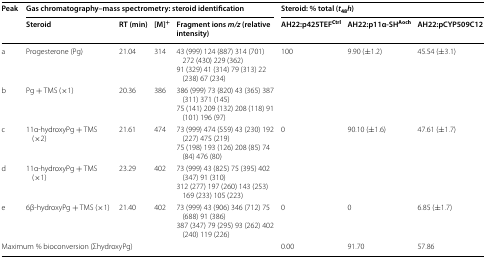
<table><thead><tr><td rowspan="2"><b>Peak</b></td><td colspan="4"><b>Gas chromatography–mass spectrometry: steroid identification</b></td><td colspan="3"><b>Steroid: % total (<i>t</i><sub>48</sub><i>h</i>)</b></td></tr><tr><td><b>Steroid</b></td><td><b>RT (min)</b></td><td><b>[M]<sup>+</sup></b></td><td><b>Fragment ions <i>m/z</i> (relative intensity)</b></td><td><b>AH22:p425TEF<sup>Ctrl</sup></b></td><td><b>AH22:p11α-SH<sup>Aoch</sup></b></td><td><b>AH22:pCYP509C12</b></td></tr></thead><tbody><tr><td>a</td><td>Progesterone (Pg)</td><td>21.04</td><td>314</td><td>43 (999) 124 (887) 314 (701) 272 (430) 229 (362)91 (329) 41 (314) 79 (313) 22 (238) 67 (234)</td><td rowspan="2">100</td><td rowspan="2">9.90 (±1.2)</td><td rowspan="2">45.54 (±3.1)</td></tr><tr><td>b</td><td>Pg + TMS (×1)</td><td>20.36</td><td>386</td><td>386 (999) 73 (820) 43 (365) 387 (311) 371 (145)75 (141) 209 (132) 208 (118) 91 (101) 196 (97)</td></tr><tr><td>c</td><td>11α-hydroxyPg + TMS (×2)</td><td>21.61</td><td>474</td><td>73 (999) 474 (559) 43 (230) 192 (227) 475 (219)75 (198) 193 (126) 208 (85) 74 (84) 476 (80)</td><td rowspan="2">0</td><td rowspan="2">90.10 (±1.6)</td><td rowspan="2">47.61 (±1.7)</td></tr><tr><td>d</td><td>11α-hydroxyPg + TMS (×1)</td><td>23.29</td><td>402</td><td>73 (999) 43 (825) 75 (395) 402 (347) 91 (310)312 (277) 197 (260) 143 (253) 169 (233) 105 (223)</td></tr><tr><td>e</td><td>6β-hydroxyPg + TMS (×1)</td><td>21.40</td><td>402</td><td>73 (999) 43 (906) 346 (712) 75 (688) 91 (386)387 (347) 79 (295) 93 (262) 402 (240) 119 (226)</td><td>0</td><td>0</td><td>6.85 (±1.7)</td></tr><tr><td colspan="5">Maximum % bioconversion (ΣhydroxyPg)</td><td>0.00</td><td>91.70</td><td>57.86</td></tr></tbody></table>